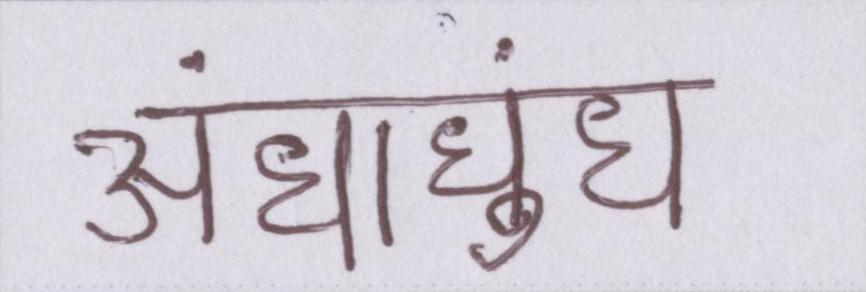
अंधाधुंध